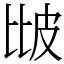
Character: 𤿎